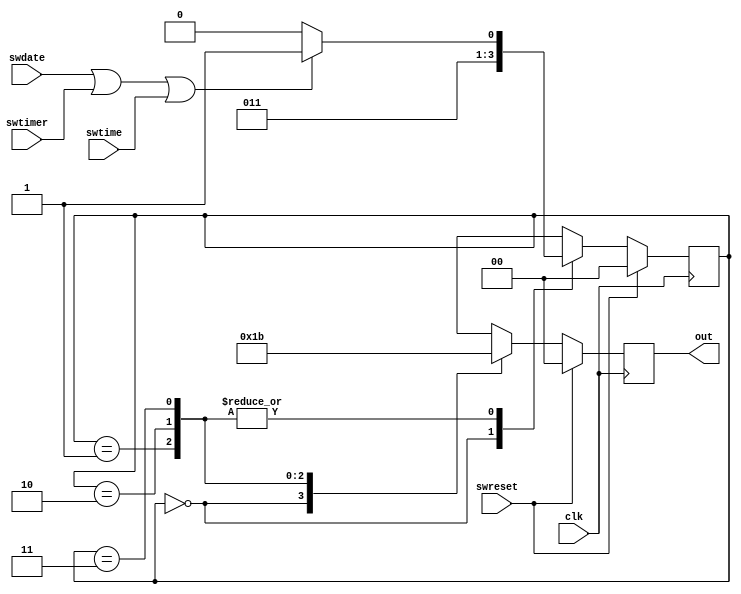
`timescale 1ns / 1ps

module RTC(clk, swdate, swtime, swtimer, swreset,out);

    input clk, swdate, swtime, swtimer, swreset;
    output  reg [1:0]out;
         
    wire sw, reset;
    
    assign sw = swdate | swtimer | swtime;
    assign reset = swreset;
    
    parameter rst = 2'b00;
    parameter inicializa = 2'b01;
    parameter lee = 2'b10;
    parameter edita = 2'b11;
    
    reg [1:0] state = rst;

    always @(posedge clk)
       if (reset) begin
            state <= rst;
            out <= 2'b00;
       end
       else
            case (state)
                rst : begin
                   if (swreset)
                      state <= rst;
                   else
                      state <= inicializa;
                   out <= 2'b00;
                end
                inicializa : begin
                   if (sw)
                      state <= edita;
                   else
                      state <= lee;
                   out <= 2'b01;
                end
                lee : begin
                   if (sw)
                      state <= edita;
                   else
                      state <= lee;
                   out <= 2'b10;
                end
                edita : begin
                   if (sw)
                      state <= edita;
                   else
                      state <= lee;
                   out <= 2'b11;
                end
                default : begin  // Fault Recovery
                   state <= rst;
                   out <= 2'b00;
                end
             endcase

endmodule